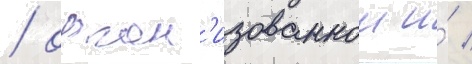
/ орган'изованнои и́ /